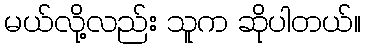
မယ်လို့လည်း သူက ဆိုပါတယ်။